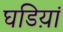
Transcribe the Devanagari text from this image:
घडिय़ां